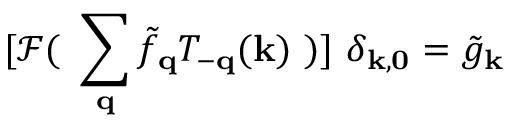
[ { \mathcal { F } } ( \mathrm { ~ } \sum _ { { \bf { q } } } { \tilde { f } } _ { { \bf { q } } } T _ { - { \bf { q } } } ( { \bf { k } } ) \mathrm { ~ } ) ] \mathrm { ~ } \delta _ { { \bf { k } } , { \bf { 0 } } } = { \tilde { g } } _ { { \bf { k } } }